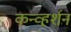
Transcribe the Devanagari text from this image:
कन्व्हर्शन